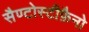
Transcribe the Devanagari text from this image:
सैण्टोस्टीफ़ैनो